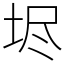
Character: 𡋤